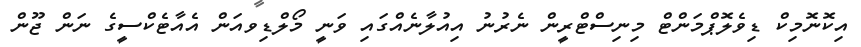
އިކޮނޮމިކް ޑިވެލޮޕްމަންޓް މިނިސްޓްރީން ނެރުނު އިއުލާނެއްގައި ވަނީ މޯލްޑިވއަން އެއާޓެކްސީގެ ނަން ޖޫން